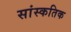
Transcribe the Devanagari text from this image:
सांस्कतिक